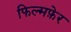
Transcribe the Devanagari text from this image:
फिल्मफ़ेर